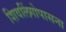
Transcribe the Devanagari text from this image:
शिवलिंगोपासना